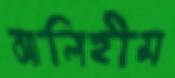
আলিহীম